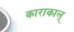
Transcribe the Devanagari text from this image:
काराकाल्